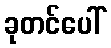
ခုတင်ပေါ်